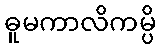
ဓူမကာလိကမ္ပိ